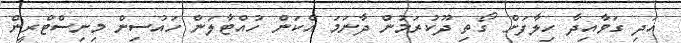
އަދި ގަވާއިދާ ހިލާފަށް ގޯތި ދޫކުރަމުން ދާނަމަ އެކަން ހުއްޓާލަން ހައުސިން މިނިސްޓްރީން